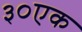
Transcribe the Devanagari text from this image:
३०एक